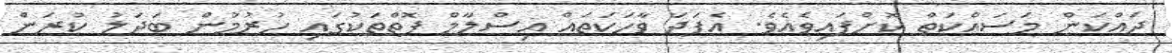
ދައްކަން މަސައްކަތް ކޮށްފައިވެއެވެ. އެފަދަ ވާހަަކަަތައް އިސްލާމް ފޮތްތަކުގައި ހުރުމުން ބަދަލު ކުރަން